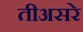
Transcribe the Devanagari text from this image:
तीअसरे